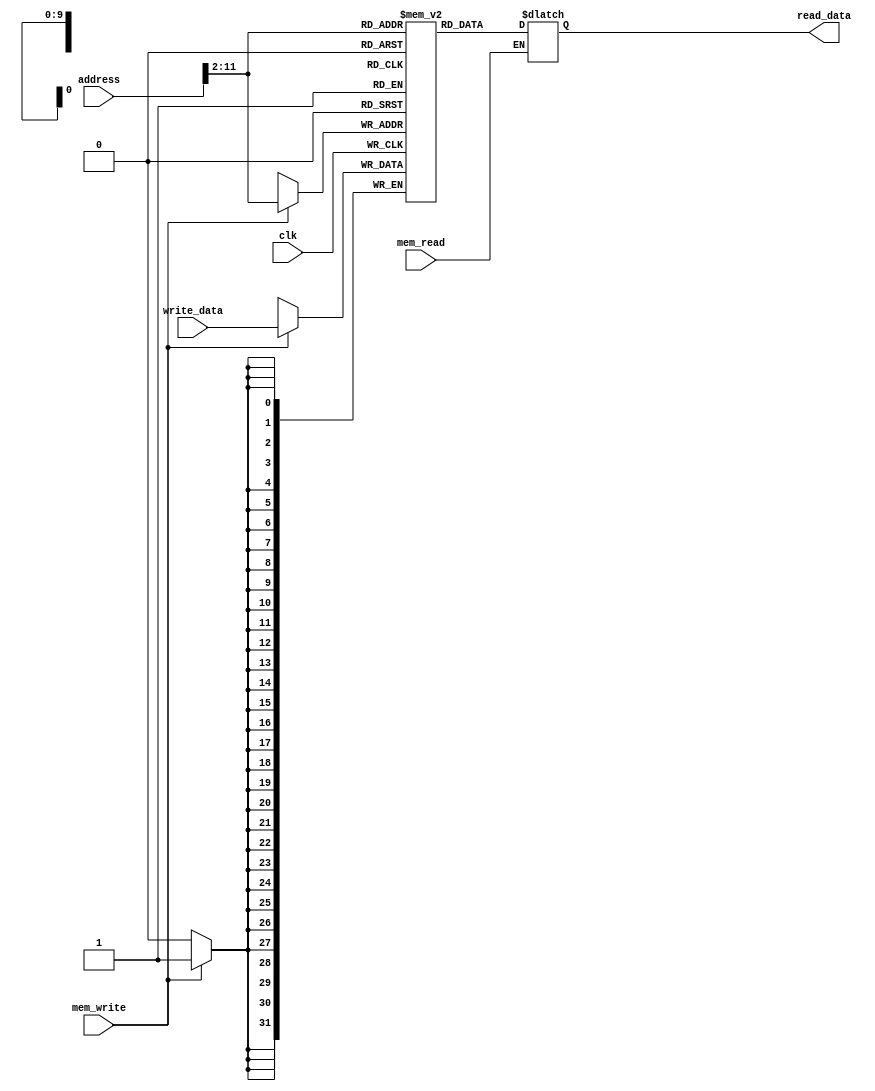
`timescale 1ns / 1ps

module data_memory(input clk,       
                   input mem_read,
                   input mem_write,
                   input [31:0] address,
                   input [31:0] write_data,
                   output reg [31:0] read_data
                   );

    reg [31:0] memory [0:1023];
    integer i;
    
    initial begin
        for (i = 0; i < 1024; i = i + 1) begin
            memory[i] = 32'b0;
        end
    end

    // citire asincrona
    always @ (mem_read or address)
        if (mem_read == 1)
            read_data = memory[address[11:2]];
    
    // scriere sincrona
    always @ (posedge clk) 
        if (mem_write == 1) 
            memory[address[11:2]] = write_data;

endmodule